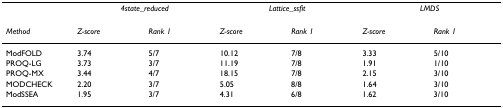
|  | <COLSPAN=2> 4state_reduced | <COLSPAN=2> Lattice_ssfit | <COLSPAN=2> LMDS |
 | --- | --- | --- | --- | --- | --- | --- |
 | Method | Z-score | Rank 1 | Z-score | Rank 1 | Z-score | Rank 1 |
 | ModFOLD | 3.74 | 5/7 | 10.12 | 7/8 | 3.33 | 5/10 |
 | PROQ-LG | 3.73 | 3/7 | 11.19 | 7/8 | 1.91 | 1/10 |
 | PROQ-MX | 3.44 | 4/7 | 18.15 | 7/8 | 2.15 | 3/10 |
 | MODCHECK | 2.20 | 3/7 | 5.05 | 8/8 | 1.64 | 3/10 |
 | ModSSEA | 1.95 | 3/7 | 4.31 | 6/8 | 1.62 | 3/10 |